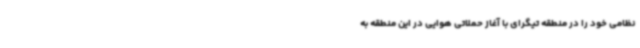
نظامی خود را در منطقه تیگرای با آغاز حملاتی هوایی در این منطقه به